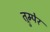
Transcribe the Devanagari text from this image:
त्रुम्पेर